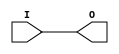
module IBUF_SSTL18_II_DCI (O, I);

    output O;

    input  I;

	buf B1 (O, I);


endmodule